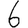
Digit: 6